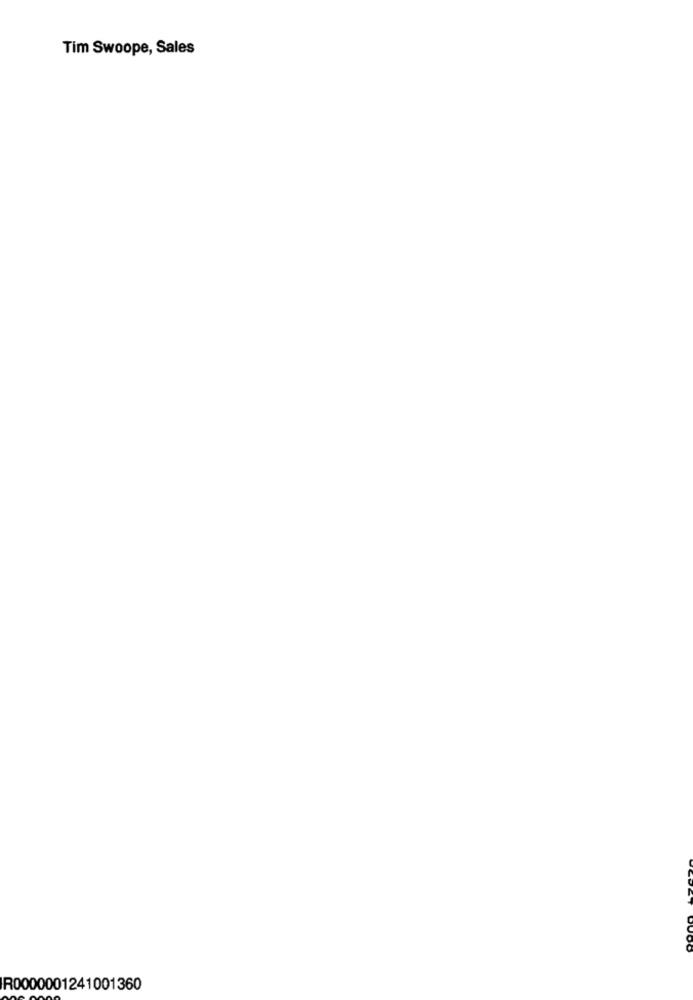
Tim Swoope, Sales
R0000001241001360